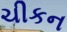
ચીકન